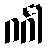
ဂင်္ဂါ